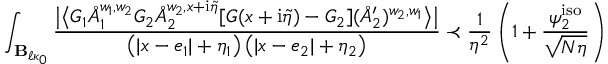
\int _ { \mathbf { B } _ { \ell \kappa _ { 0 } } } \frac { \big | \big \langle G _ { 1 } \mathring { A } _ { 1 } ^ { w _ { 1 } , w _ { 2 } } G _ { 2 } \mathring { A } _ { 2 } ^ { w _ { 2 } , x + \mathrm { i } \tilde { \eta } } [ G ( x + \mathrm { i } \tilde { \eta } ) - G _ { 2 } ] ( \mathring { A } _ { 2 } ^ { \prime } ) ^ { w _ { 2 } , w _ { 1 } } \big \rangle \big | } { \big ( | x - e _ { 1 } | + \eta _ { 1 } \big ) \, \big ( | x - e _ { 2 } | + \eta _ { 2 } \big ) } \prec \frac { 1 } { \eta ^ { 2 } } \left( 1 + \frac { \psi _ { 2 } ^ { \mathrm { i s o } } } { \sqrt { N \eta } } \right)